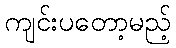
ကျင်းပတော့မည့်